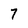
Character: 7